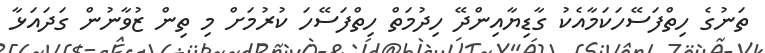
ތަނުގެ ހިތްފަސޭހަކަމާއެކު ގާޑިޔާއިންދޭ ހިދުމަތް ހިތްފަސޭހަ ކުރުމަށް މި ތިން ޒުވާނުން ގަދައަޅާ